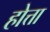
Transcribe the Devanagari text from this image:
होत्ता